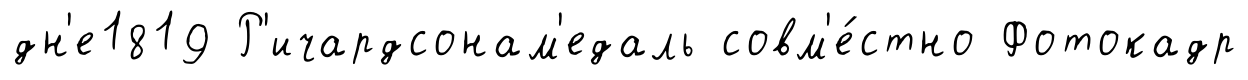
дн'е1819 Р'ичардсонам'едаль совм'е́стно Фотокадр